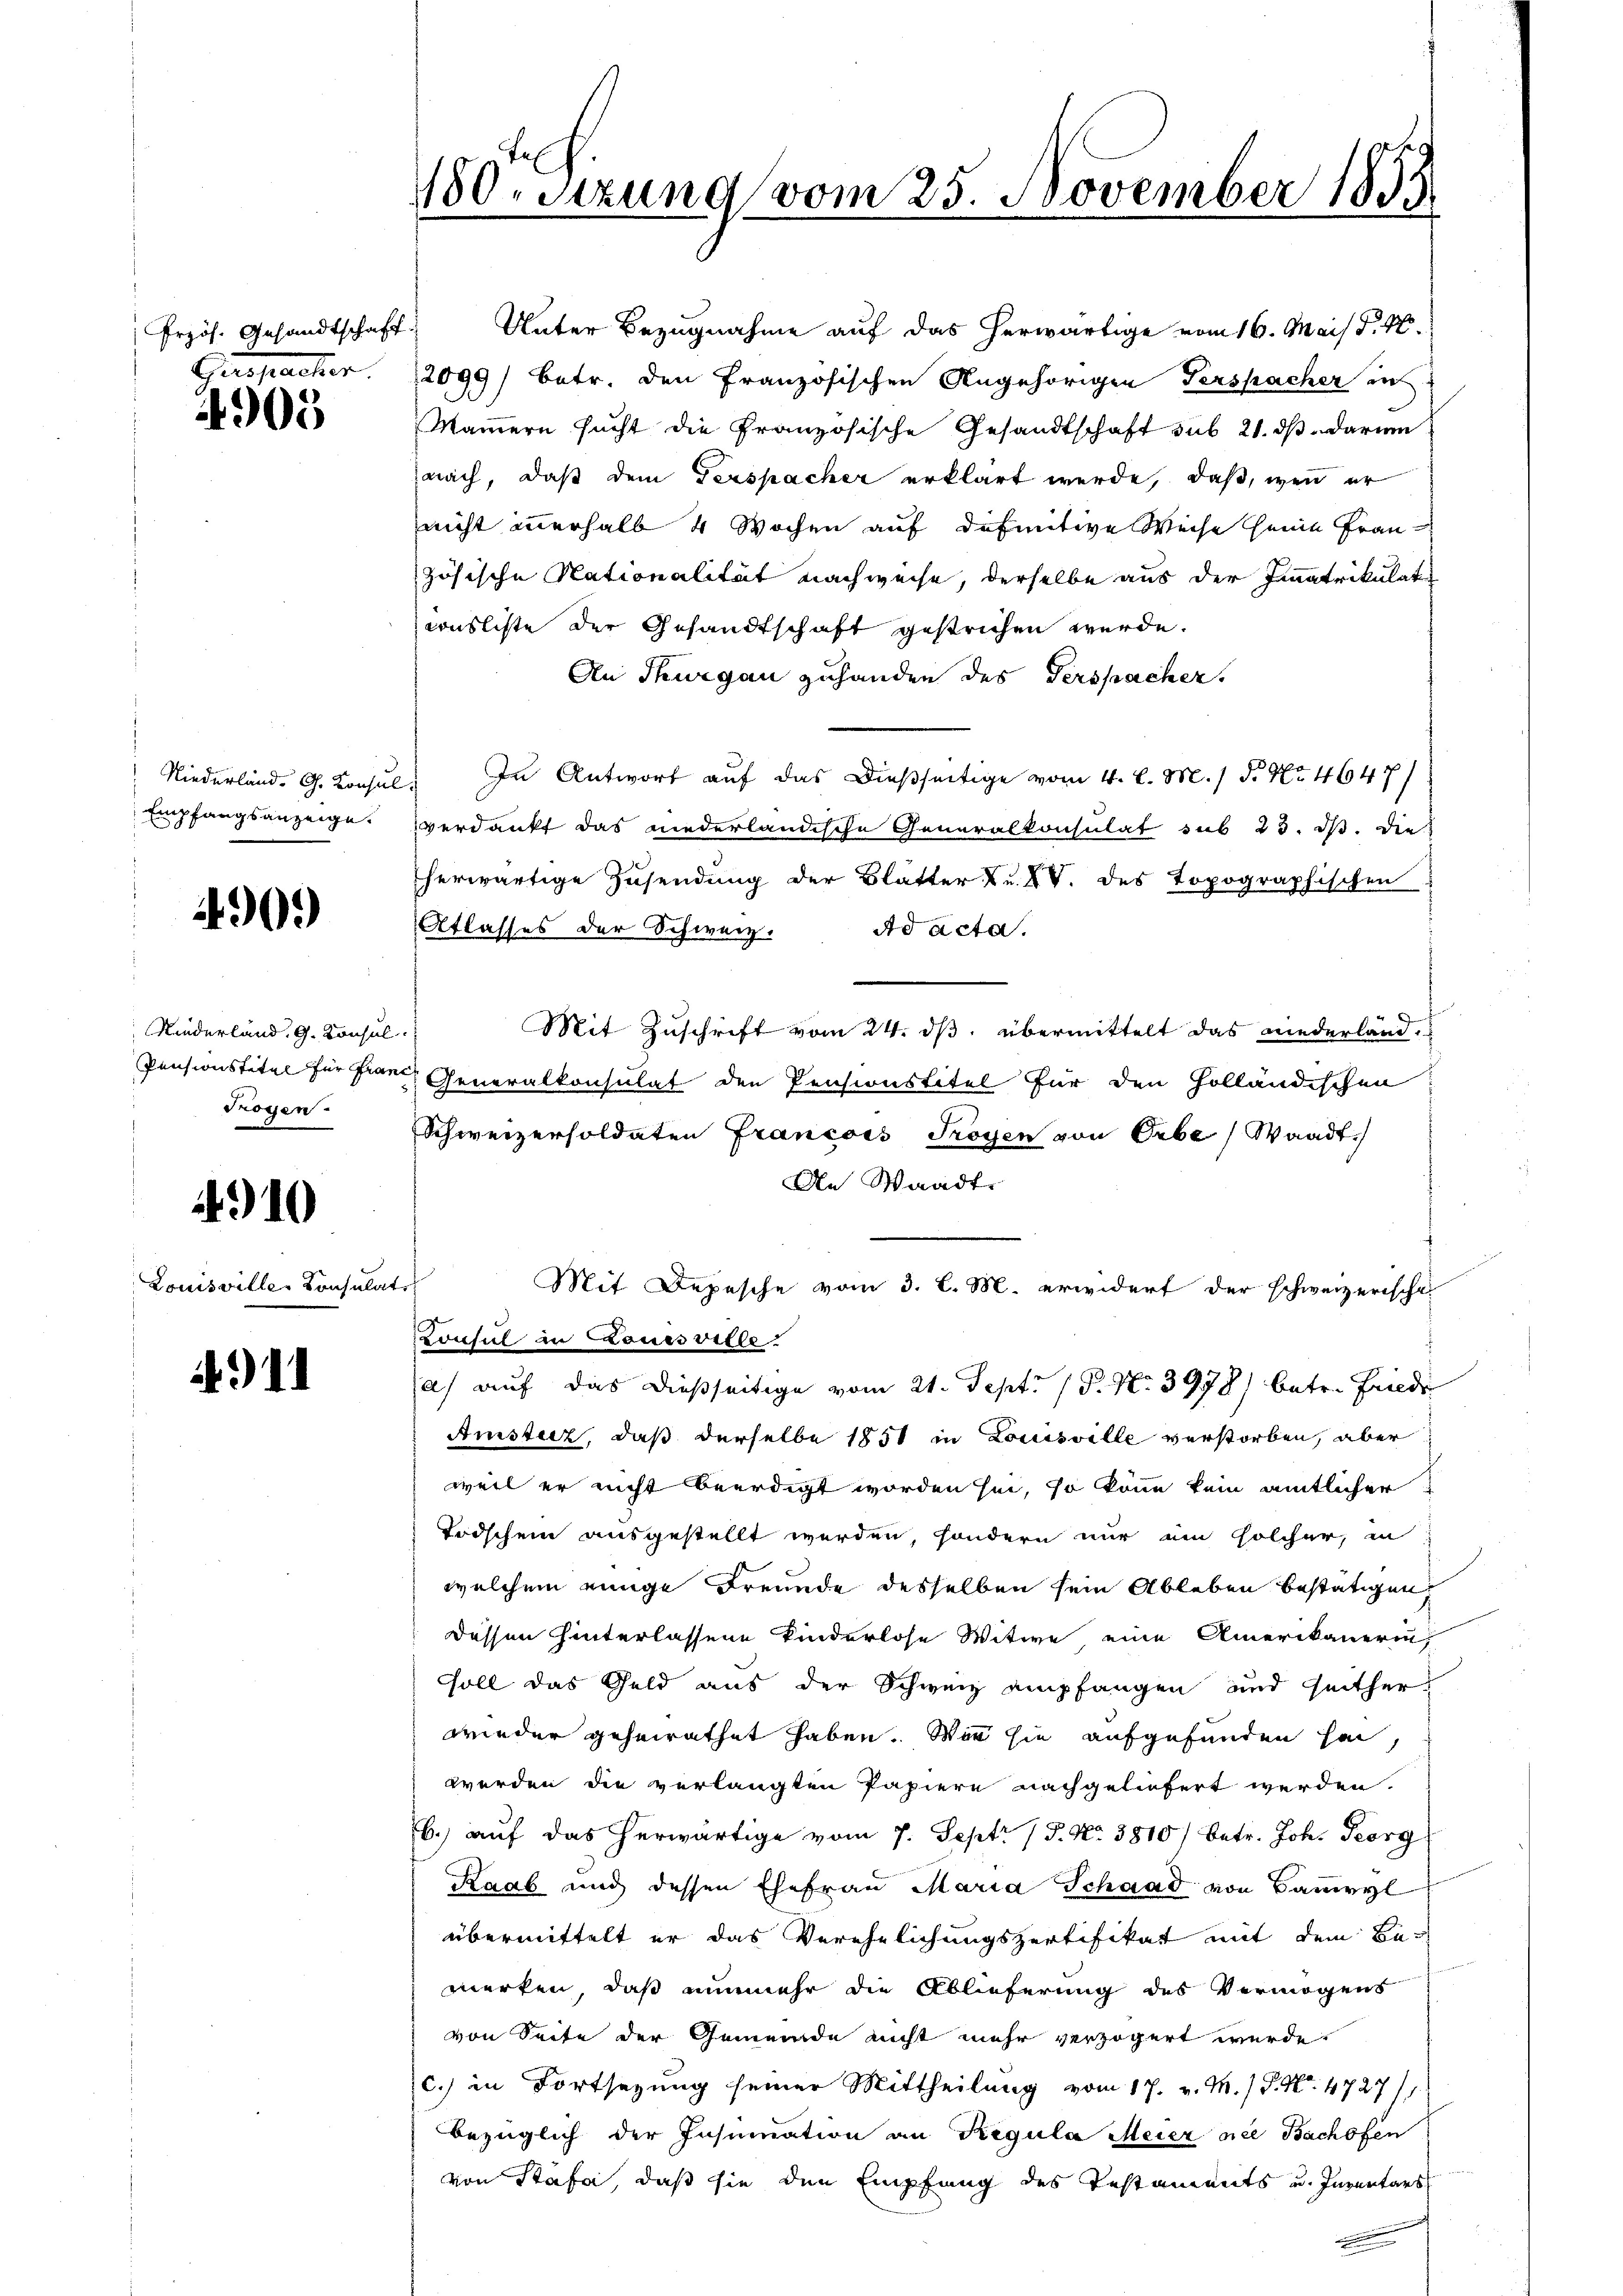
Gespacher.

4905

Empfangsanzeige.

4909)

Niederland. G. Konsul
Trogen.

4910

Louisville Consulat

.1

frzös. Gesandtschaft. Unter Bezugnahme auf das herwärtige vom 16. Mai d. 4.
2099) betr. den französischen Angehörigen Perspacher in
Mammern sucht die Französische Gesandtschaft sub 21. dβ darum
aach, daß dem Verspacher erklärt werde, daß, wenn er
nicht innerhalb 4 Wochen auf definitive Weise seine Fran-
zösische Nationalität nachweise, derselbe aus der Immatrikulate
consliste der Gesandtschaft gestrichen werde.
An Thurgau zuhanden des Verspacher.
Niederland. G. Konsul, In Antwort auf das Dießseitige vom 4. d. M. / 5. No. 4647/
verdankt das niederländische Generalkonsulat sub 23. ds. die
herwärtige Zusendung der Blätter u. XV. des Topographischen
Atlasses der Schweiz. Ad acta.
Mit Zuschrift vom 24. ds. übermittelt das niederland,
Pensionstitel für Frau Generalkonsulat den Pensionstitel für den Holländischen:
Schweizersoldaten Francois Troyen von Erbe Waadt
An Waadt.
Mit Depesche vom 3. l. M. erwidert der schweizerische
Consul in Louisville.
a) auf das dießseitige vom 21. Sept. 18. No. 3978) betr. Friede
Amister, daß derselbe 1851 in Louisville verstorben, aber
weil er nicht beerdigt worden sei, so könne kein amtlicher
Todschein ausgestellt werden, sondern nur um solcher, in
welchem einige Freunde desselben sein Ableben bestätigen,
dessen hinterlassene Kinderlose Witwe, eine Amerikanerin
soll das Geld aus der Schweiz empfangen und seither
wieder geheirathet haben. Wir sie aufgefunden hat,
werden die verlangten Papiere nachgeliefert werden.
b.) auf das herwärtige vom 7. Sept. 15. No. 3810/ betr. Joh. Georg
Raab und dessen Ehefrau Maria Schaad von Baupl
übermittelt er das Verehelichungszertifikat mit dem Bemerken, daß nunmehr die Ablieferung des Vermögens
von Seite der Gemeinde nicht mehr verzögert wurde.
c.) in Fortsezung seiner Mittheilung vom 17. v. M. / P. Nr. 4727)
bezüglich der Insinuation an Regula Meier nie Bachofen
von Stäfa, daß sie den Empfang des Testaments und Inventars
.

180. Sitzung vom 25. November 1853